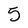
Character: 5